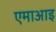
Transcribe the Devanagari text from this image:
एमाआइ